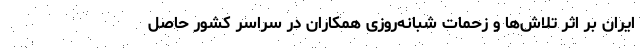
ایران بر اثر تلاش‌ها و زحمات شبانه‌روزی همکاران در سراسر کشور حاصل